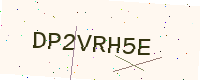
Text: DP2VRH5E